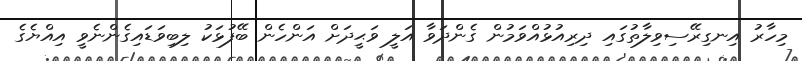
މިހާރު އިނގިރޭސިވިލާތުގައި ދިރިއުޅުއްވަމުން ގެންދަވާ އަލީ ވަޙީދަށް އަންހެން ބޭފުޅަކު ލިބިވަޑައިގެންނެވީ އިއްޔެގެ